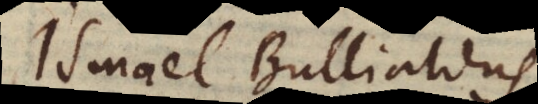
Ismael Bullialdus,